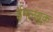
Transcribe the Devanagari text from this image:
ईगलब्रूक